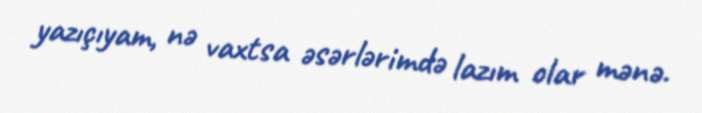
yazıçıyam, nə vaxtsa əsərlərimdə lazım olar mənə.